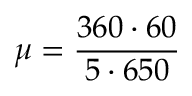
\mu = { \frac { 3 6 0 \cdot 6 0 } { 5 \cdot 6 5 0 } }